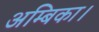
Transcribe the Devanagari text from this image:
अम्बिका।